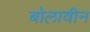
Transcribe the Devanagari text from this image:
बोलावीन